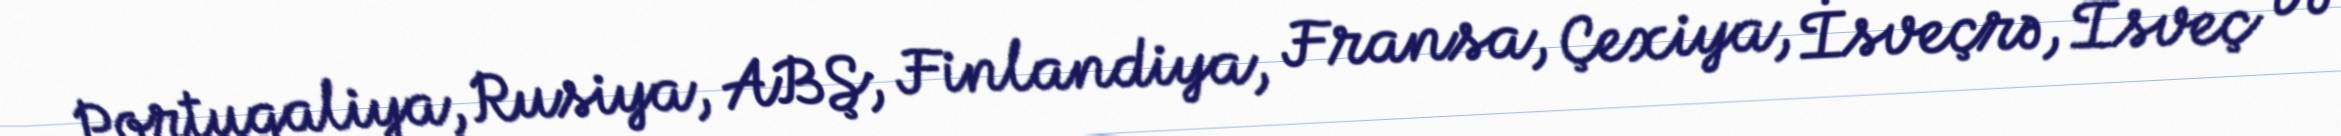
Portuqaliya, Rusiya, ABŞ, Finlandiya, Fransa, Çexiya, İsveçrə, İsveç və